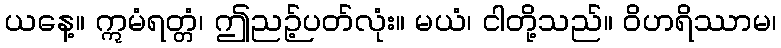
ယနေ့။ ဣမံရတ္တံ၊ ဤညဉ့်ပတ်လုံး။ မယံ၊ ငါတို့သည်။ ဝိဟရိဿာမ၊